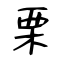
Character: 栗